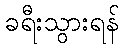
ခရီးသွားရန်